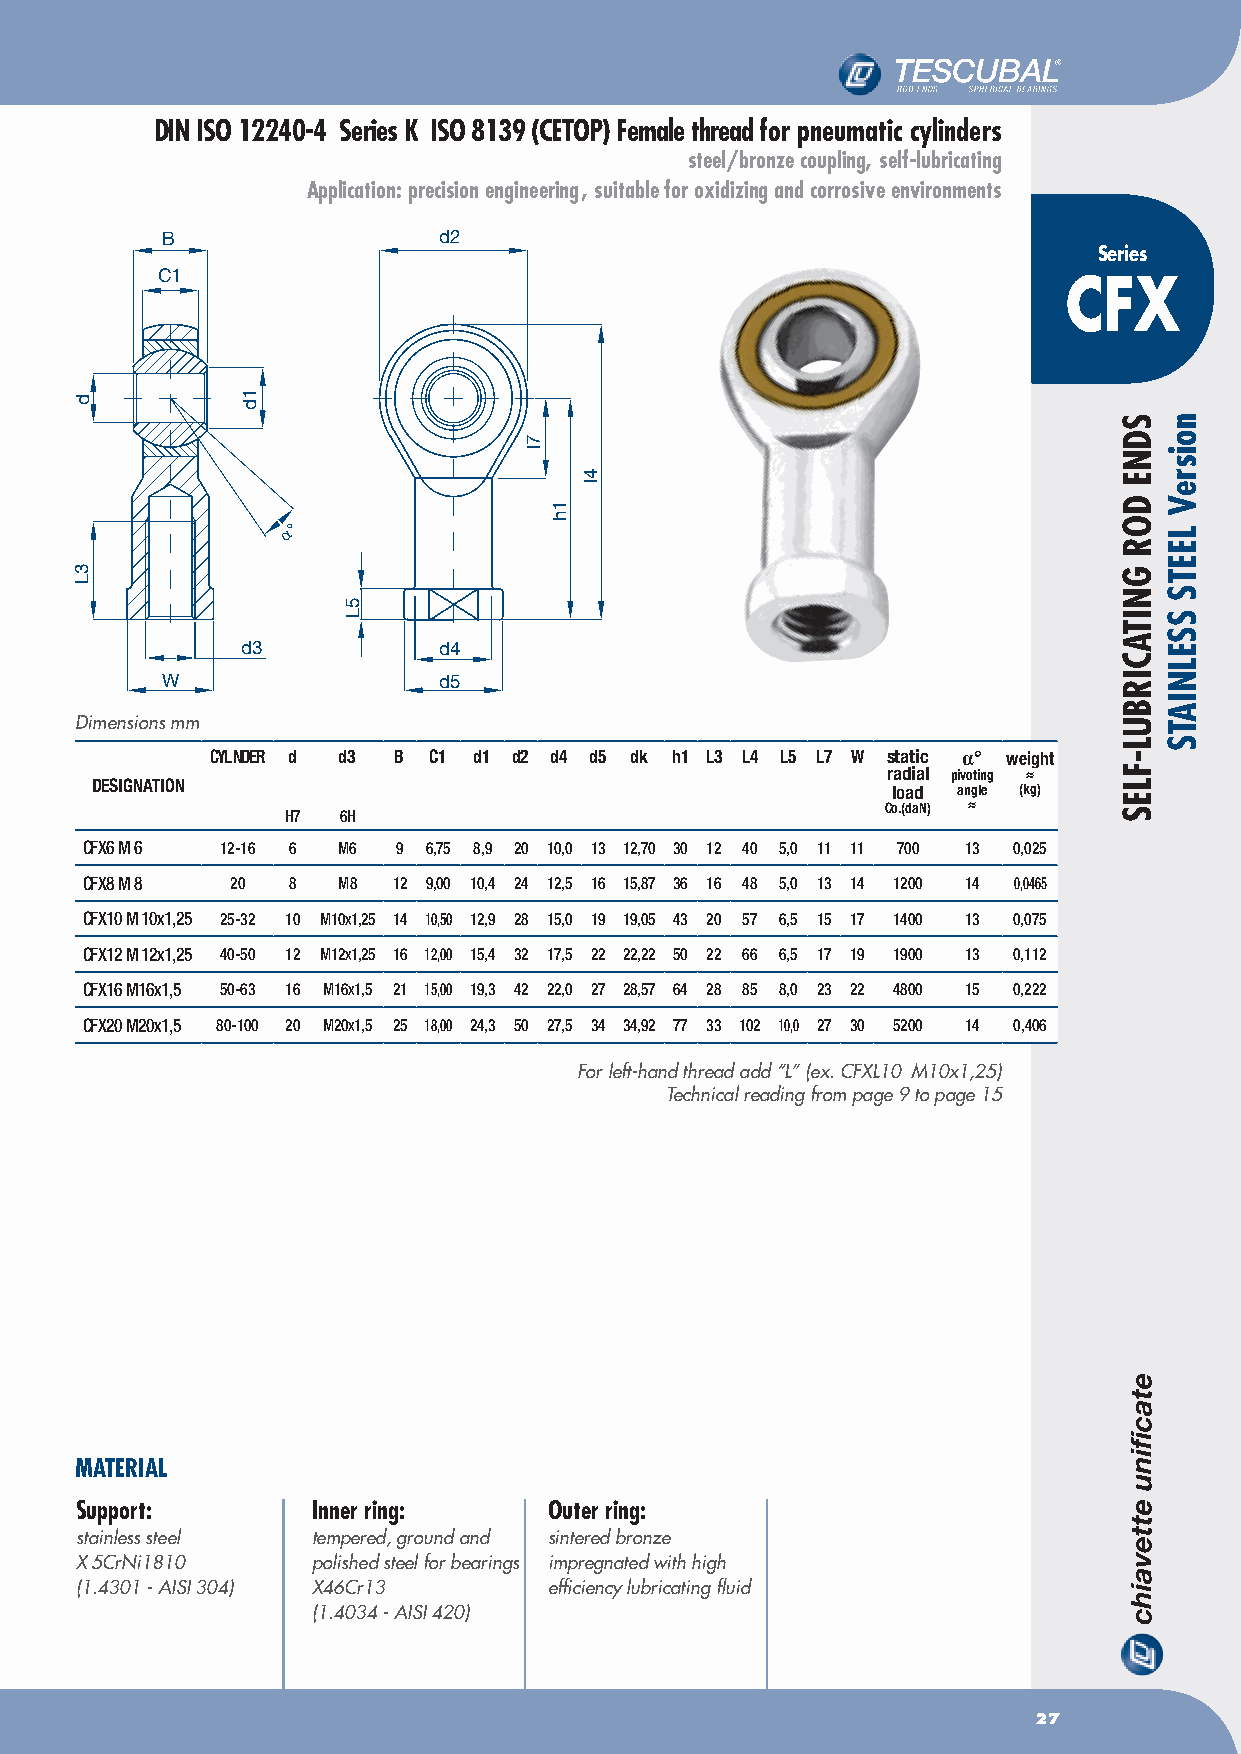
DIN ISO 12240-4 Series K ISO 8139 (CETOP) Female thread for pneumatic cylinders
 steel/bronze coupling, self-lubricating
 Application: precision engineering , suitable for oxidizing and corrosive environments
 B                 d2
 Series
 C1
 CFX
 α°
 d3           d4
 W                 d5
 Dimensions mm
 CyLNDER d d3 B C1 d1 d2 d4 d5 dk h1 L3 L4 L5 L7 W static α° weight
 radial pivoting ≈
 DESIGNATION                                          load angle (kg)
 Co.(daN) ≈
 H7 6H
 CFX6 M 6  12-16 6 M6 9 6,75 8,9 20 10,0 13 12,70 30 12 40 5,0 11 11 700 13 0,025
 CFX8 M 8  20  8  M8  12 9,00 10,4 24 12,5 16 15,87 36 16 48 5,0 13 14 1200 14 0,0465
 CFX10 M 10x1,25 25-32 10 M10x1,25 14 10,50 12,9 28 15,0 19 19,05 43 20 57 6,5 15 17 1400 13 0,075
 CFX12 M 12x1,25 40-50 12 M12x1,25 16 12,00 15,4 32 17,5 22 22,22 50 22 66 6,5 17 19 1900 13 0,112
 CFX16 M16x1,5 50-63 16 M16x1,5 21 15,00 19,3 42 22,0 27 28,57 64 28 85 8,0 23 22 4800 15 0,222
 CFX20 M20x1,5 80-100 20 M20x1,5 25 18,00 24,3 50 27,5 34 34,92 77 33 102 10,0 27 30 5200 14 0,406
 For left-hand thread add “L” (ex. CFXL10 M10x1,25)
 Technical reading from page 9 to page 15
 MATERIAL
 Support:        Inner ring:    Outer ring:
 stainless steel tempered, ground and sintered bronze
 X 5CrNi1810     polished steel for bearings impregnated with high
 (1.4301 - AISI 304) X46Cr13    efficiency lubricating fluid
 (1.4034 - AISI 420)
 27
 d
 3L
 1d
 5L
 7l
 1h
 4l
 SDNE
 DOR
 GNITACIRBUL-FLES
 noisreV
 LEETS
 SSELNIATS